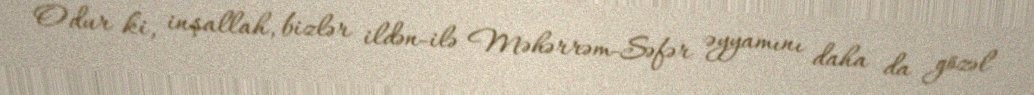
Odur ki, inşallah, bizlər ildən-ilə Məhərrəm-Səfər əyyamını daha da gözəl